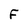
Character: F